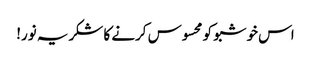
اس خوشبو کو محسوس کرنے کا شکریہ نور!